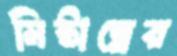
মিষ্টান্নের